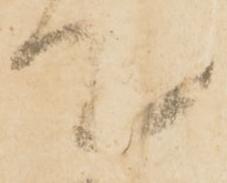
て